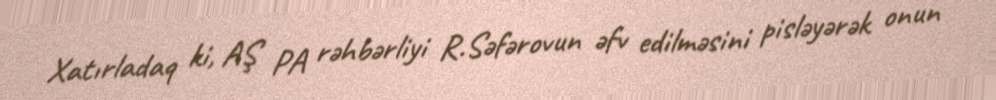
Xatırladaq ki, AŞ PA rəhbərliyi R.Səfərovun əfv edilməsini pisləyərək onun